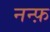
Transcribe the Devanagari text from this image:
नन्फ़